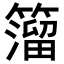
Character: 𥵄